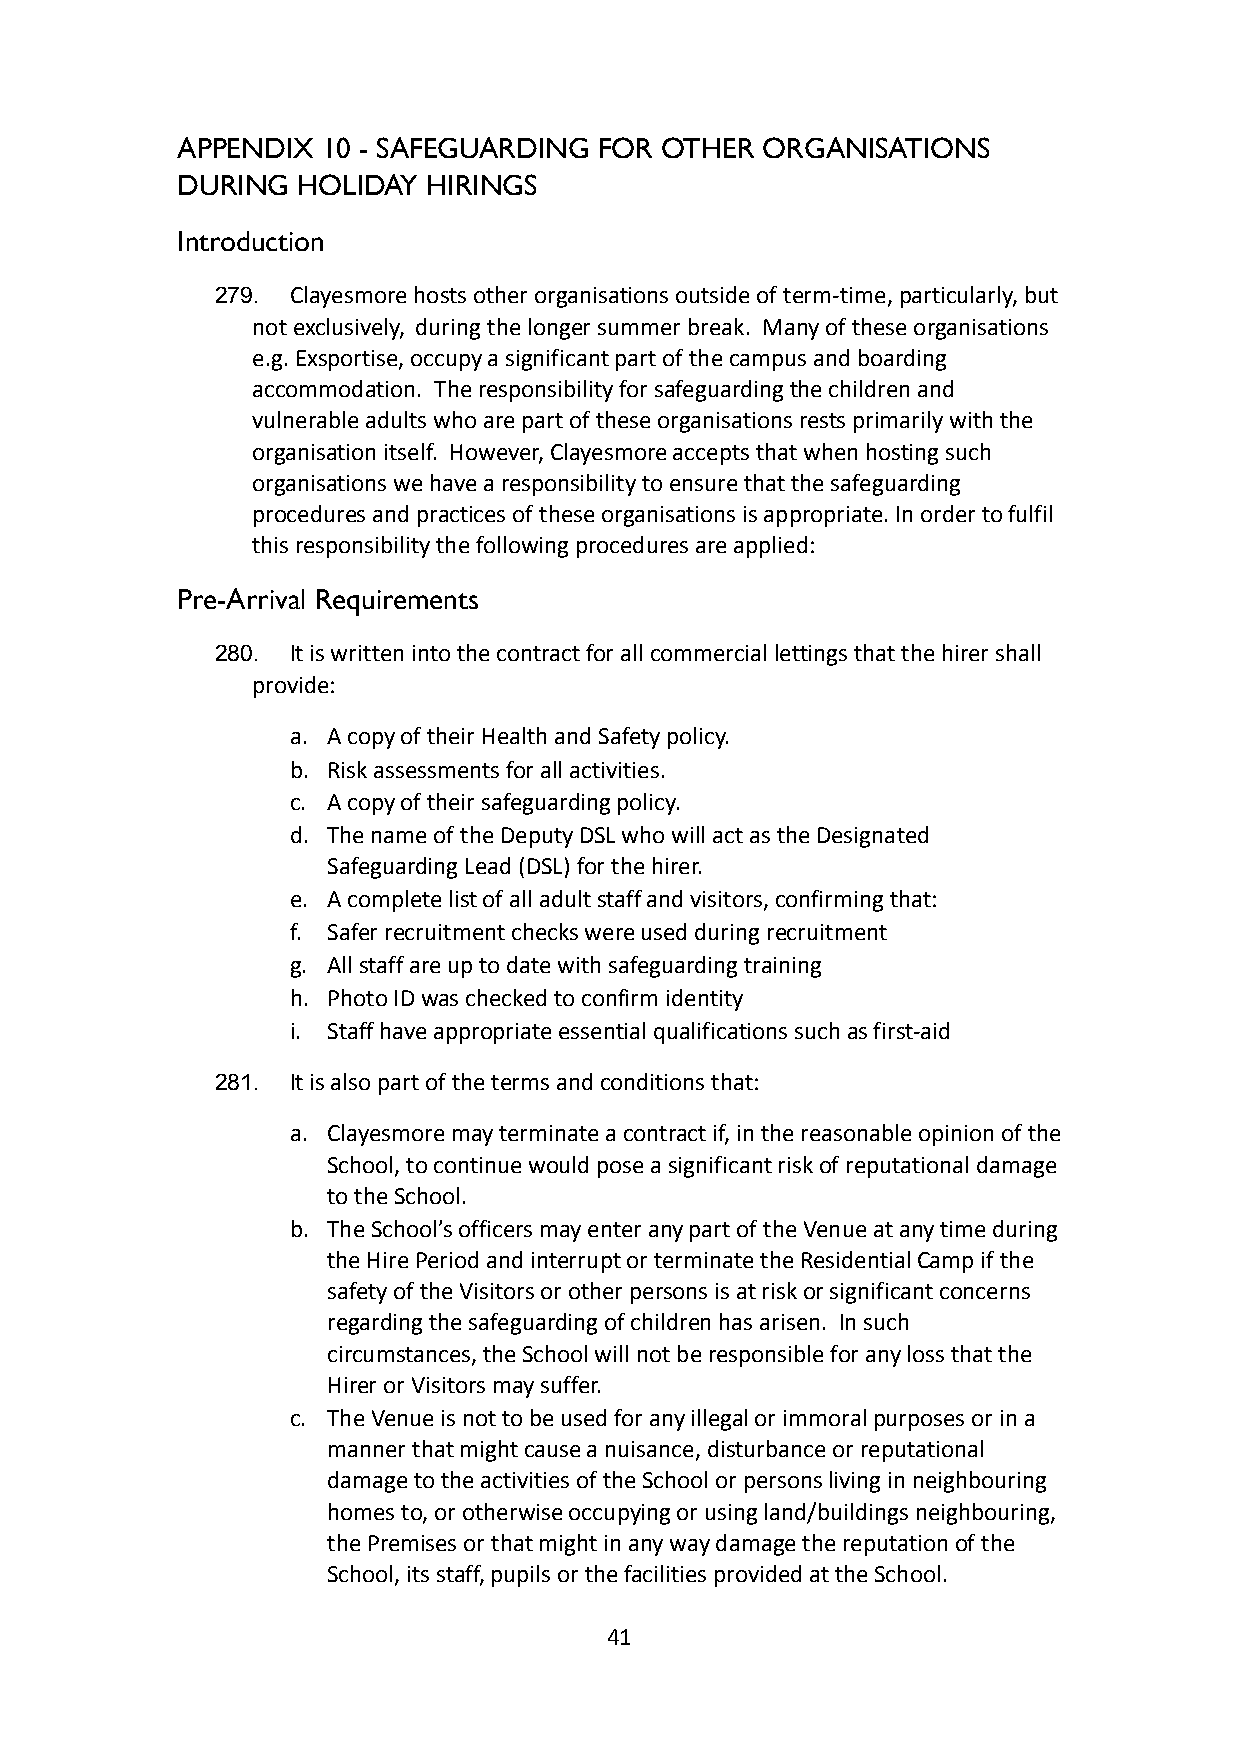
APPENDIX 10 - SAFEGUARDING  FOR OTHER ORGANISATIONS
 DURING  HOLIDAY HIRINGS
 Introduction
 279. Clayesmore hosts other organisations outside of term-time,particularly, but
 not exclusively, during the longer summer break. Many of these organisations
 e.g. Exsportise, occupy a significant part of thecampus and boarding
 accommodation. The responsibility for safeguardingthe children and
 vulnerable adults who are part of these organisationsrests primarily with the
 organisation itself. However, Clayesmore acceptsthat when hosting such
 organisations we have a responsibility to ensure thatthe safeguarding
 procedures and practices of these organisations isappropriate. In order to fulfil
 this responsibility the following procedures are applied:
 Pre-Arrival Requirements
 280. It is written into the contract for all commerciallettings that the hirer shall
 provide:
 a. A copy of their Health and Safety policy.
 b. Risk assessments for all activities.
 c. A copy of their safeguarding policy.
 d. The name of the Deputy DSL who will act as the Designated
 Safeguarding Lead (DSL) for the hirer.
 e. A complete list of all adult staff and visitors, confirmingthat:
 f. Safer recruitment checks were used during recruitment
 g. All staff are up to date with safeguarding training
 h. Photo ID was checked to confirm identity
 i. Staff have appropriate essential qualifications suchas first-aid
 281. It is also part of the terms and conditions that:
 a. Clayesmore may terminate a contract if, in the reasonableopinion of the
 School, to continue would pose a significant riskof reputational damage
 to the School.
 b. The School’s officers may enter any part of the Venueat any time during
 the Hire Period and interrupt or terminate the ResidentialCamp if the
 safety of the Visitors or other persons is at riskor significant concerns
 regarding the safeguarding of children has arisen. In such
 circumstances, the School will not be responsiblefor any loss that the
 Hirer or Visitors may suffer.
 c. The Venue is not to be used for any illegal or immoralpurposes or in a
 manner that might cause a nuisance, disturbance orreputational
 damage to the activities of the School or personsliving in neighbouring
 homes to, or otherwise occupying or using land/buildingsneighbouring,
 the Premises or that might in any way damage the reputationof the
 School, its staff, pupils or the facilities providedat the School.
 41